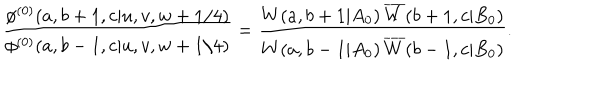
\displaystyle { \frac { \phi ^ { ( 0 ) } ( a , b + 1 , c | u , v , w + 1 / 4 ) } { \phi ^ { ( 0 ) } ( a , b - 1 , c | u , v , w + 1 / 4 ) } } = \displaystyle { \frac { W ( a , b + 1 | A _ { 0 } ) \, \overline { { { W } } } ( b + 1 , c | B _ { 0 } ) } { W ( a , b - 1 | A _ { 0 } ) \, \overline { { { W } } } ( b - 1 , c | B _ { 0 } ) } } .